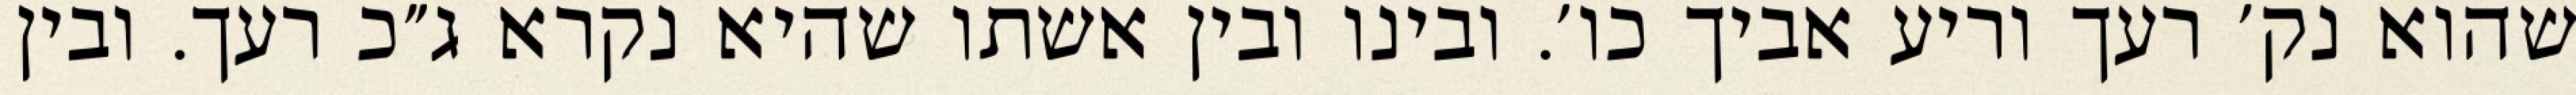
שהוא נק׳ רעך וריע אביך כו׳. ובינו ובין אשתו שהיא נקרא ג״כ רעך. ובין